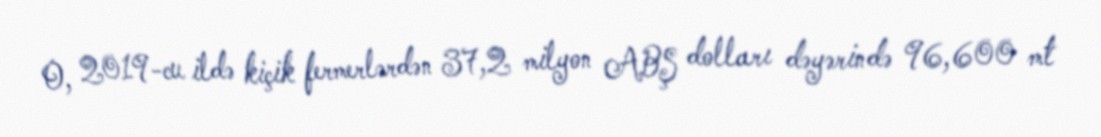
O, 2019-cu ildə kiçik fermerlərdən 37,2 milyon ABŞ dolları dəyərində 96,600 mt